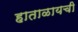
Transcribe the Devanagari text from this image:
हाताळायची